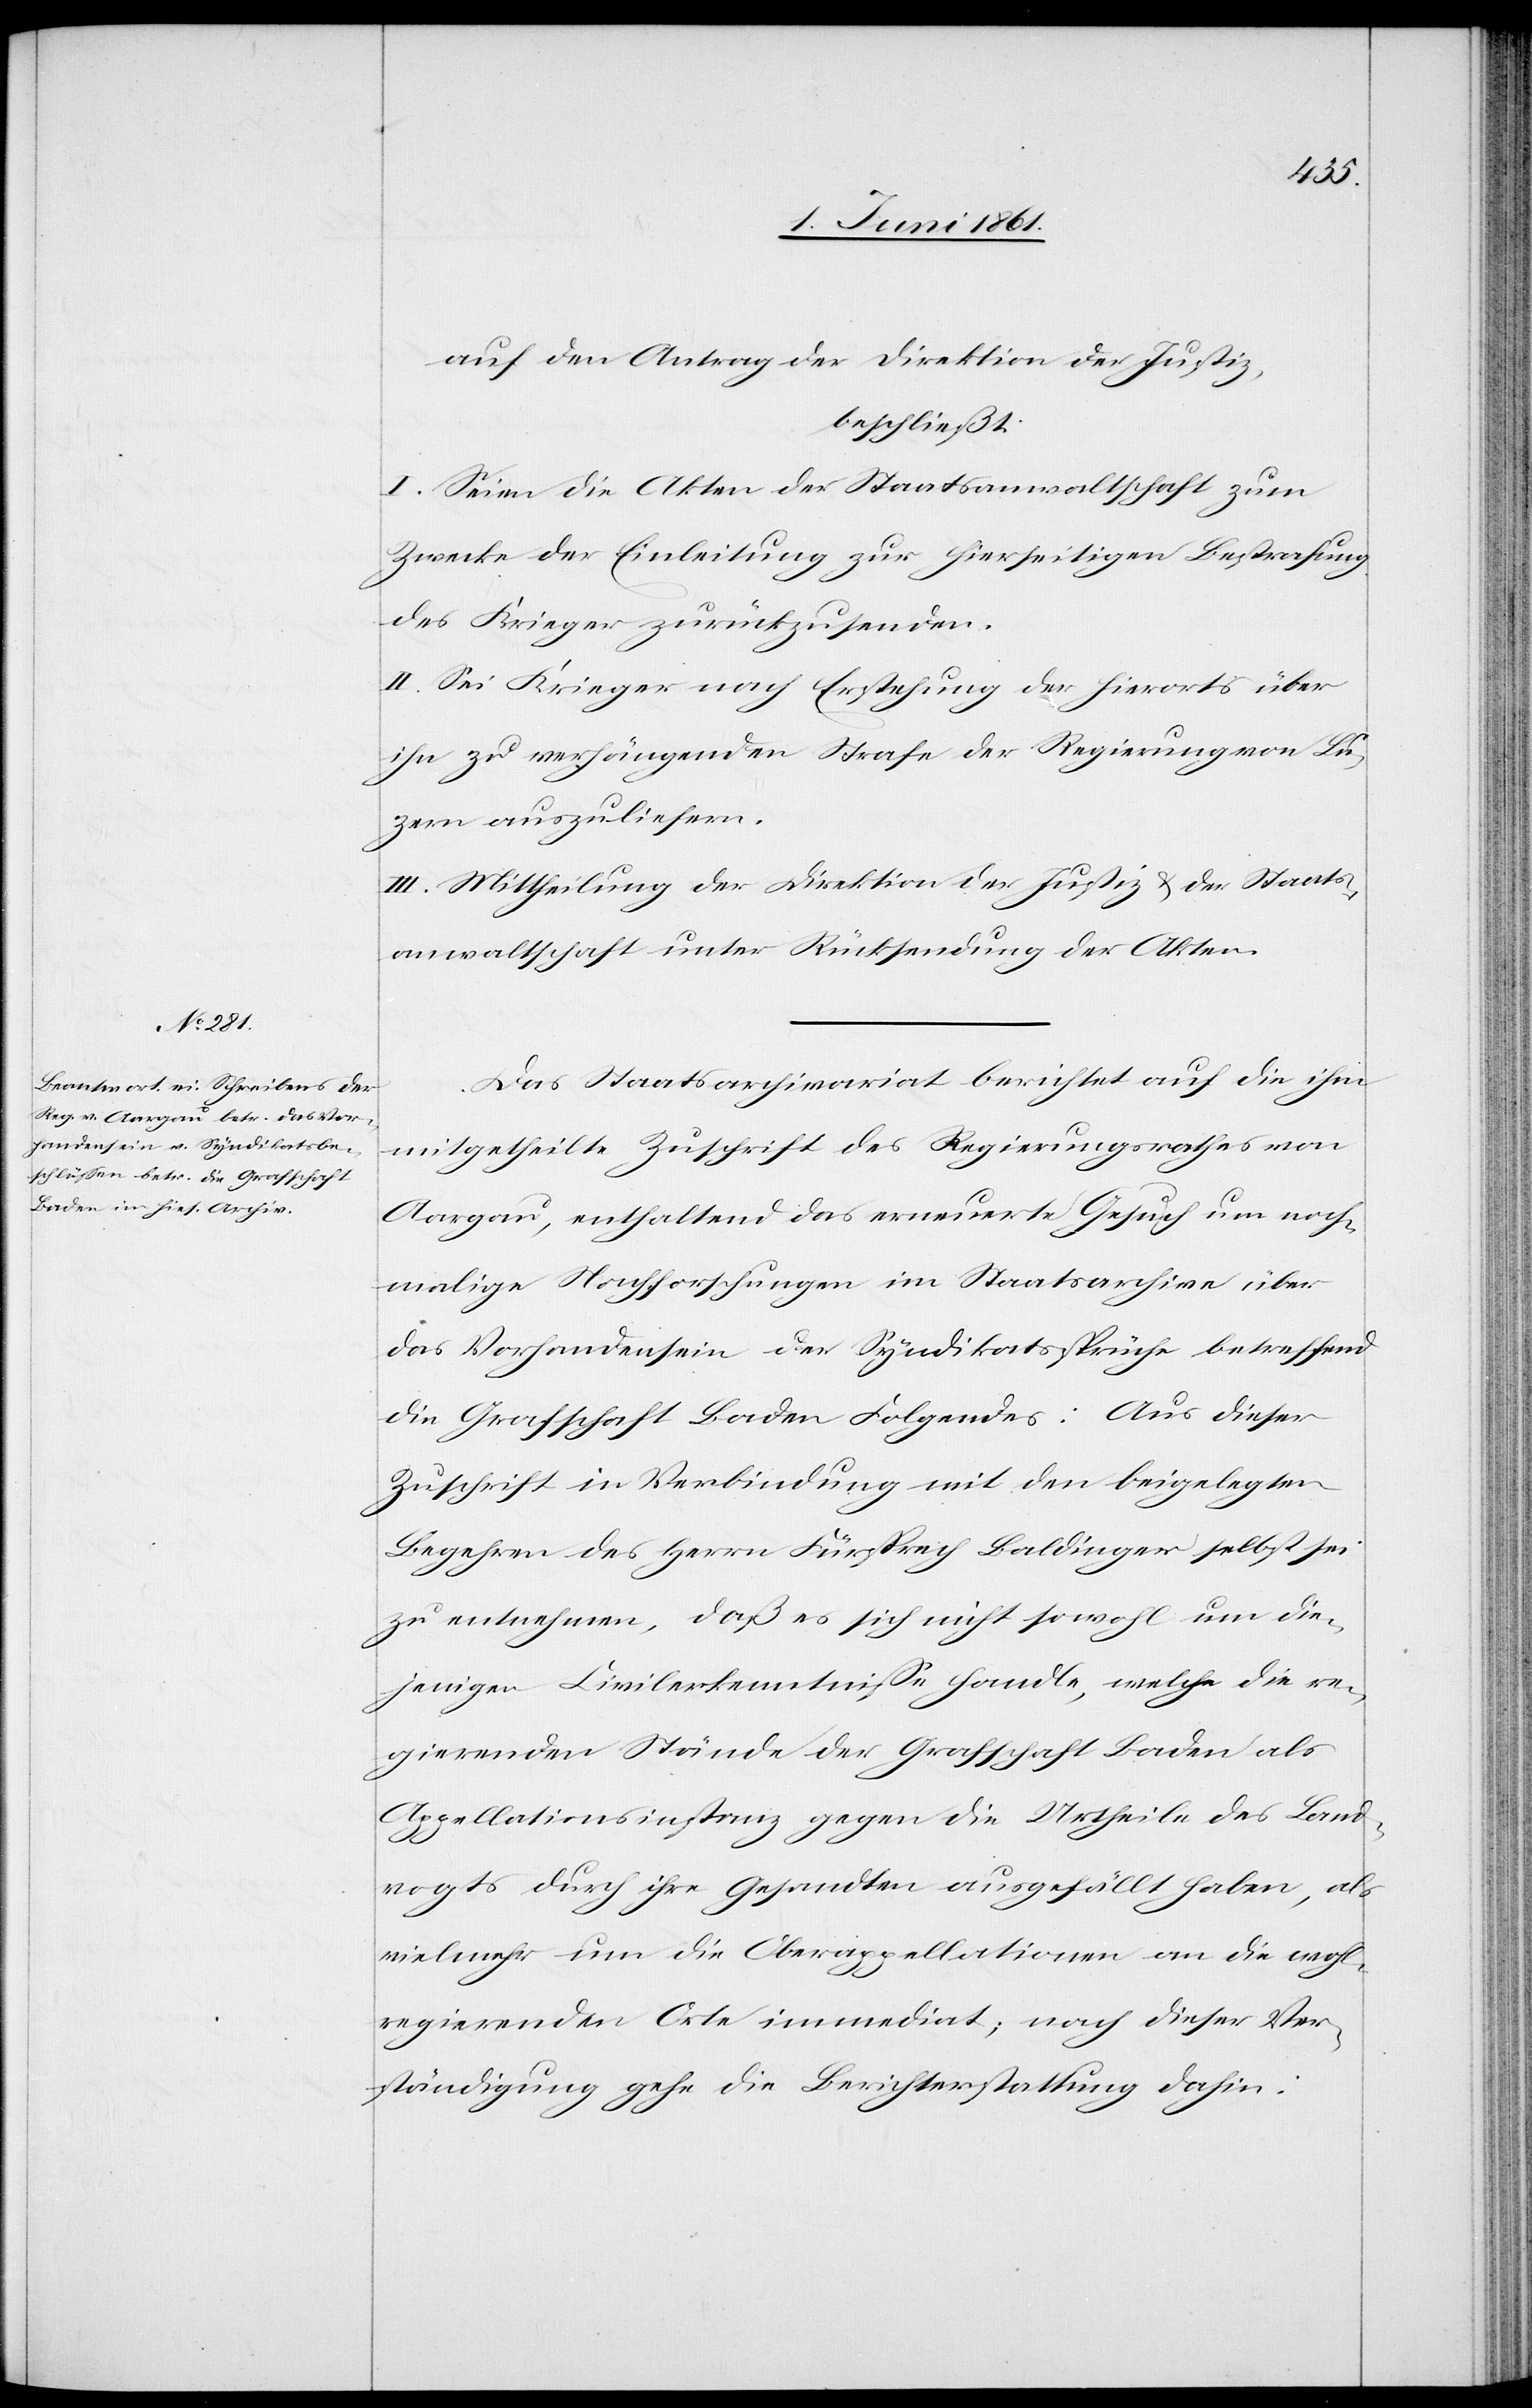
auf den Antrag der Direktion der Justiz,
beschließt:
I. Seien die Akten der Staatsanwaltschaft zum
Zwecke der Einleitung zur hierseitigen Bestrafung
des Krieger zurückzusenden.
II. Sei Krieger nach Erstehung der hierorts über
ihn zu verhängenden Strafe der Regierung von Lu¬
zern auszuliefern.
III. Mittheilung der Direktion der Justiz u. der Staats¬
anwaltschaft unter Rücksendung der Akten.
Das Staatsarchivariat berichtet auf die ihm
mitgetheilte Zuschrift des Regierungsrathes von
Aargau, enthaltend das erneuerte Gesuch um noch¬
malige Nachforschungen im Staatsarchive über
das Vorhandensein der Syndikatssprüche betreffend
die Grafschaft Baden Folgendes: Aus dieser
Zuschrift in Verbindung mit den beigelegten
Begehren des Herrn Fürsprech Baldinger selbst sei
zu entnehmen, daß es sich nicht sowohl um die¬
jenigen Civilerkenntnisse handle, welche die re¬
gierenden Stände der Grafschaft Baden als
Appellationsinstanz gegen die Urtheile des Land¬
vogts durch ihre Gesandten ausgefällt haben, als
vielmehr um die Oberappellationen an die wohl¬
regierenden Orte immediat; nach dieser Ver¬
ständigung gehe die Berichterstattung dahin: